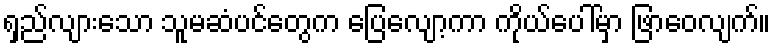
ရှည်လျားသော သူမဆံပင်တွေက ပြေလျော့ကာ ကိုယ်ပေါ်မှာ ဖြာဝေလျက်။